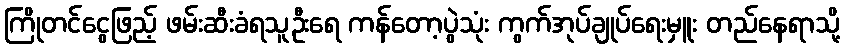
ကြိုတင်ငွေဖြည့် ဖမ်းဆီးခံရသူဦးရေ ကန်တော့ပွဲသုံး ကွက်အုပ်ချုပ်ရေးမှူး တည်နေရာသို့